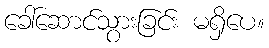
ခေါ်ဆောင်သွားခြင်း မရှိပေ။